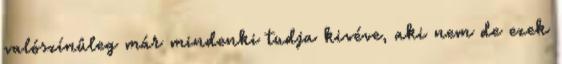
valószínûleg már mindenki tudja kivéve, aki nem de ezek